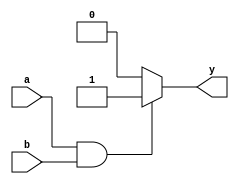
module combinational_logic (
    input wire a,
    input wire b,
    output reg y
);

always @(*) begin
    // Example combinational logic operations
    if (a && b) begin
        y = 1'b1; // Output is 1 when both inputs are 1
    end else if (a || b) begin
        y = 1'b0; // Output is 0 when at least one input is 1
    end else begin
        y = 1'b0; // Output is 0 when both inputs are 0
    end
end

endmodule